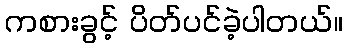
ကစားခွင့် ပိတ်ပင်ခဲ့ပါတယ်။